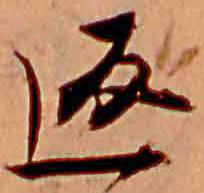
返